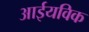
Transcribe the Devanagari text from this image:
आईयविक